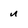
Character: u